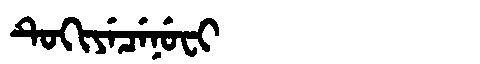
Manchu: ᡨᡠᡴᡳᠶᡝᠴᡝᠨᡠᠸᡳ
Romanization: TUKIYECENUFI